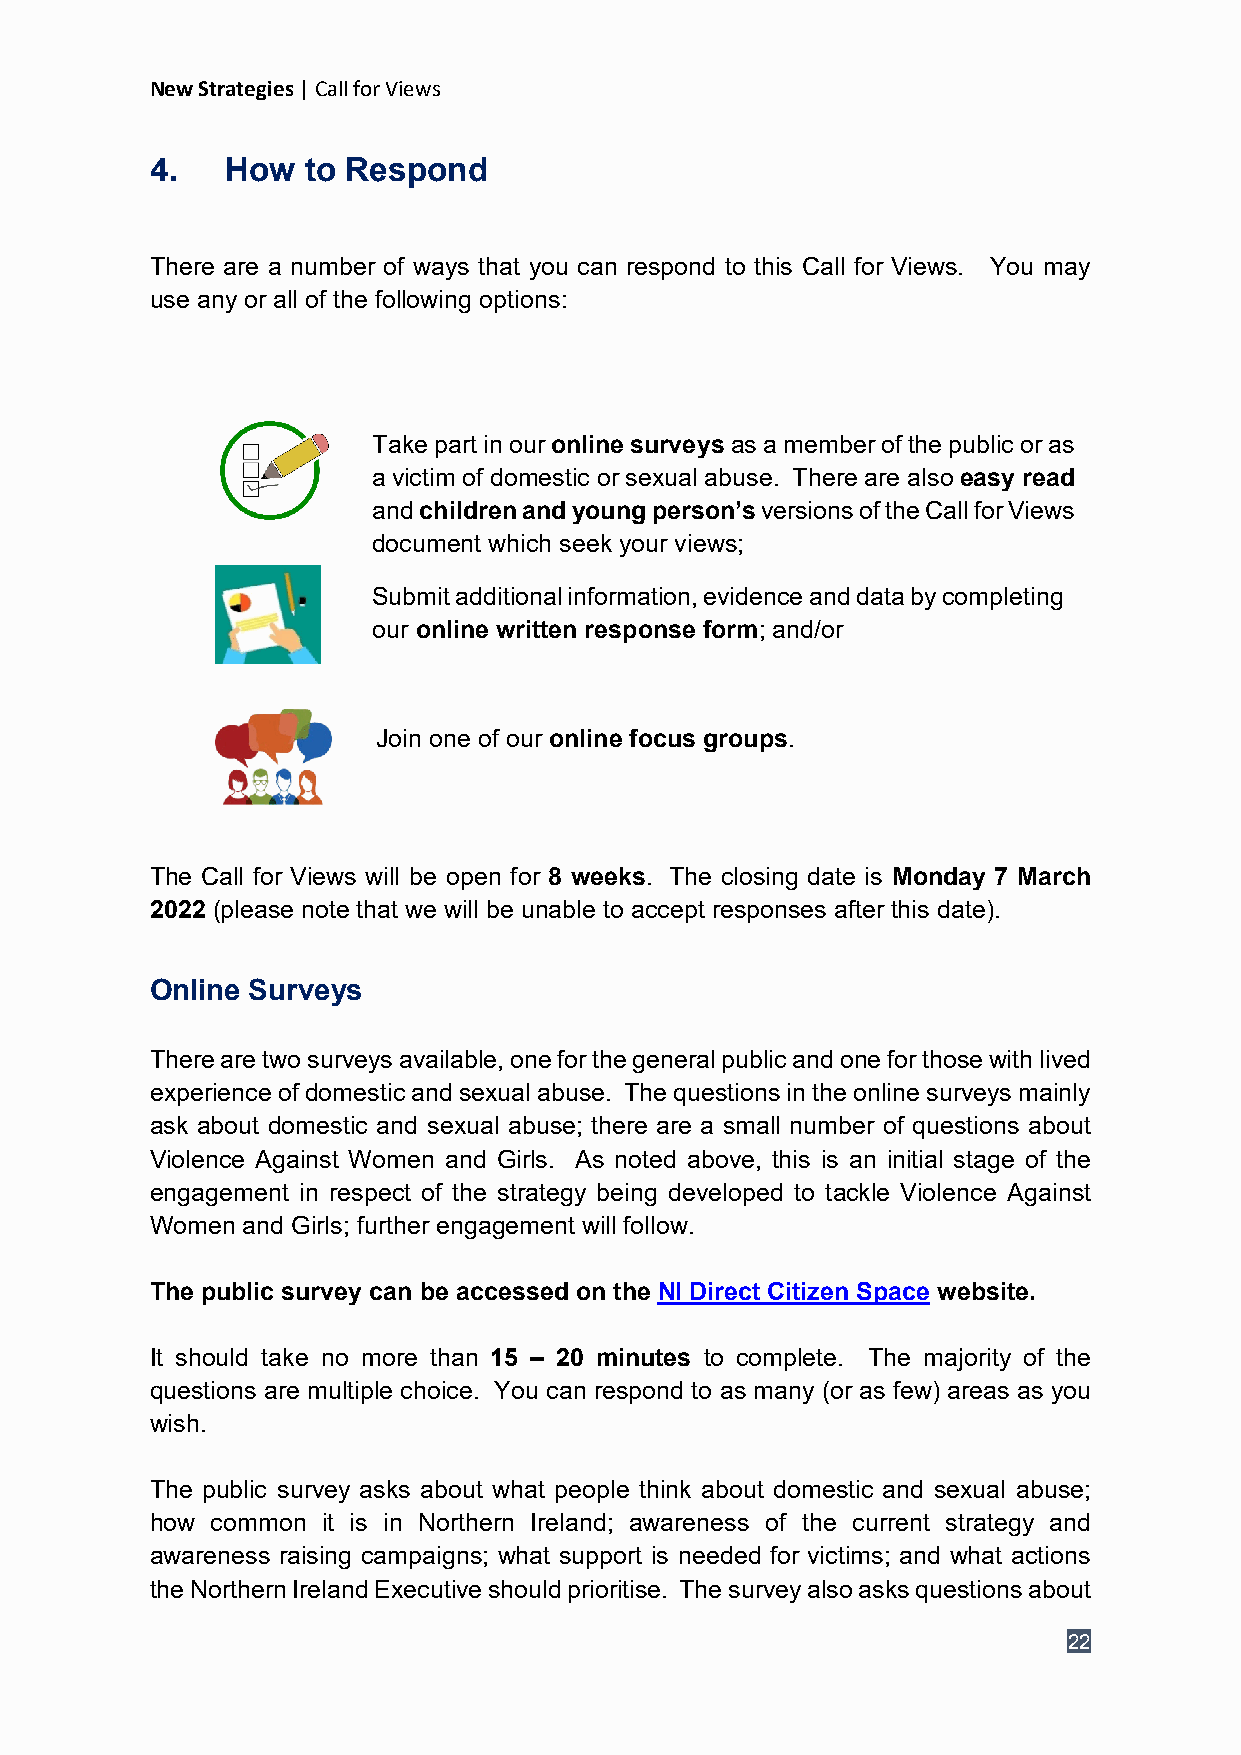
New Strategies | Call for Views
 4.   How  to Respond
 There are a number of ways that you can respond to this Call for Views. You may
 use any or all of the following options:
 Take part in our online surveys as a member of the public or as
 a victim of domestic or sexual abuse. There are also easy read
 and children and young person’s versions of the Call for Views
 document which seek your views;
 Submit additional information, evidence and data by completing
 our online written response form; and/or
 Join one of our online focus groups.
 The Call for Views will be open for 8 weeks. The closing date is Monday 7 March
 2022 (please note that we will be unable to accept responses after this date).
 Online Surveys
 There are two surveys available, one for the general public and one for those with lived
 experience of domestic and sexual abuse. The questions in the online surveys mainly
 ask about domestic and sexual abuse; there are a small number of questions about
 Violence Against Women and Girls. As noted above, this is an initial stage of the
 engagement in respect of the strategy being developed to tackle Violence Against
 Women and Girls; further engagement will follow.
 The public survey can be accessed on the NI Direct Citizen Space website.
 It should take no more than 15 – 20 minutes to complete. The majority of the
 questions are multiple choice. You can respond to as many (or as few) areas as you
 wish.
 The public survey asks about what people think about domestic and sexual abuse;
 how common it is in Northern Ireland; awareness of the current strategy and
 awareness raising campaigns; what support is needed for victims; and what actions
 the Northern Ireland Executive should prioritise. The survey also asks questions about
 22